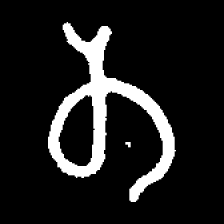
Pyu character \u2014 Myanmar letter: တ (romanized: ta)